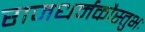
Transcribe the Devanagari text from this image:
राजधर्मकौस्तुभः